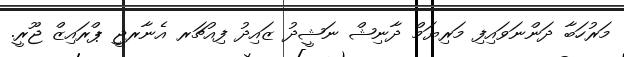
މަރުހަބާ ދަންނަވައިފި މަރިޔަމް ދާނިޝް ނަޝީދު ޒައިދު ފިއުޗަރ އެނާރޖީ ޕްރައިޒް ޖޫރީ.